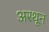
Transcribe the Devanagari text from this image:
अरथून